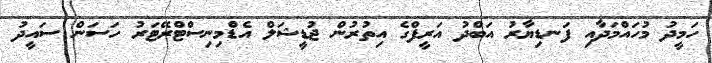
ހަމީދު މުހައްމަދާއި ފަނޑިޔާރު އަބްދު އަރީފްގެ އިތުރުން ޖުޑީޝަލް އެޑްމިނިސްޓްރޭޓަރު ހަސަން ސައީދު